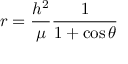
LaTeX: r = { \frac { h ^ { 2 } } { \mu } } { \frac { 1 } { 1 + \cos \theta } }